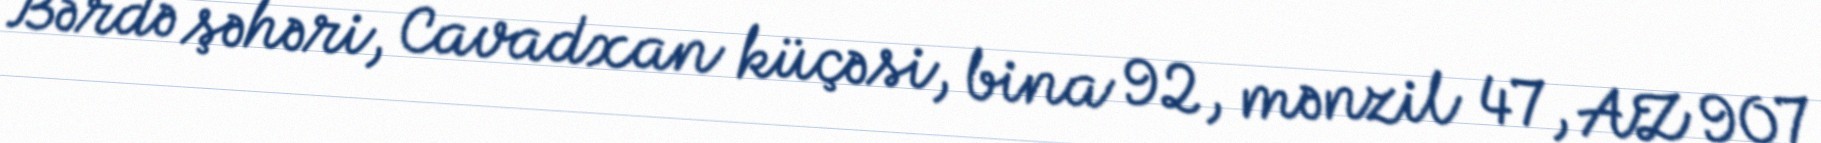
Bərdə şəhəri, Cavadxan küçəsi, bina 92, mənzil 47, AZ 907